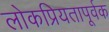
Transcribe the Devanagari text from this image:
लोकप्रियतापूर्वक